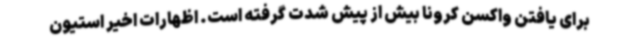
برای یافتن واکسن کرونا بیش از پیش شدت گرفته است. اظهارات اخیر استیون